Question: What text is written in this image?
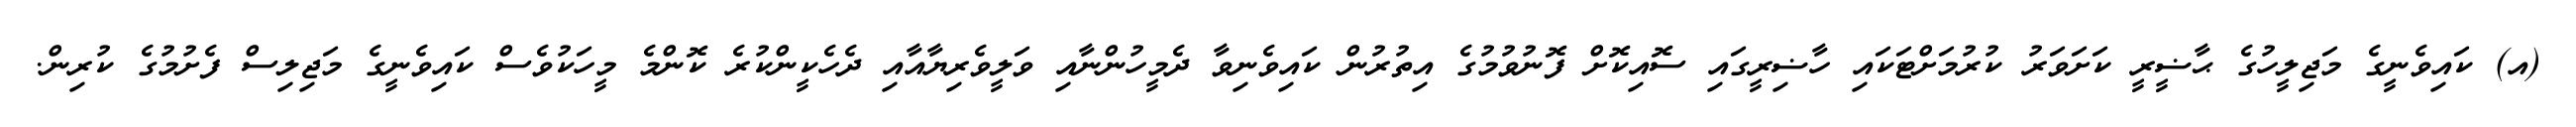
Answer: (އ) ކައިވެނީގެ މަޖިލީހުގެ ޙާޟީރީ ކަށަވަރު ކުރުމަށްޓަކައި ހާޟިރީގައި ސޮއިކޮށް ފޮނުވުމުގެ އިތުރުން ކައިވެނިވާ ދެމީހުންނާއި ވަލީވެރިޔާއާއި ދެހެކީންކުރެ ކޮންމެ މީހަކުވެސް ކައިވެނީގެ މަޖިލިސް ފެށުމުގެ ކުރިން.